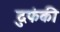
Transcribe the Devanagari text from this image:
दुफंकी